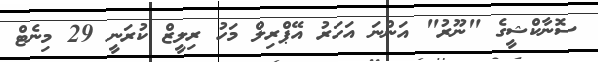
ސޮނާކްޝީގެ "ނޫރު" އަންނަ އަހަރު އޭޕްރިލް މަހު ރިލީޒް ކުރަނީ 29 މިނެޓް